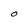
Character: O